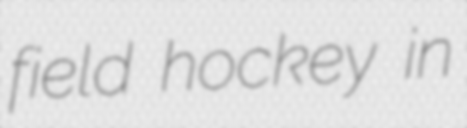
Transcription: field hockey in